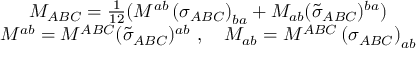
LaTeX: \begin{array} { c } { { M _ { A B C } = \frac 1 { 1 2 } ( M ^ { a b } \left( \sigma _ { A B C } \right) _ { b a } + M _ { a b } ( \widetilde { \sigma } _ { A B C } ) ^ { b a } ) } } \\ { { M ^ { a b } = M ^ { A B C } ( \widetilde { \sigma } _ { A B C } ) ^ { a b } \ , \quad M _ { a b } = M ^ { A B C } \left( \sigma _ { A B C } \right) _ { a b } } } \end{array}